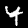
Digit: 4